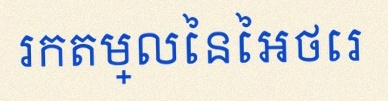
រកតម្លៃនៃអថេរ